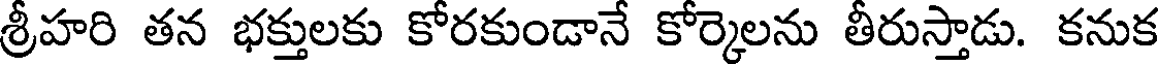
శ్రీహరి తన భక్తులకు కోరకుండానే కోర్కెలను తీరుస్తాడు. కనుక